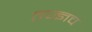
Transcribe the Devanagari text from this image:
तज्ज्ञच